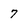
Character: 7